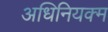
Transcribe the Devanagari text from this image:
अधिनियक्म